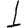
Digit: 1